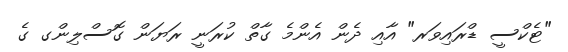
"ޓެކްސީ ޑްރައިވަރ" އާއި ދެން އެންމެ ގާތް ކުރަނީ ރަޔަން ގޮސްލިންގ ގެ